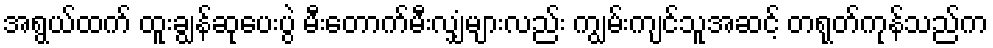
အရွယ်ထက် ထူးချွန်ဆုပေးပွဲ မီးတောက်မီးလျှံများလည်း ကျွမ်းကျင်သူအဆင့် တရုတ်ကုန်သည်က